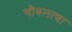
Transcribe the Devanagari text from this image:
चौबलाचा